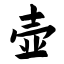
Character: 壶